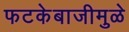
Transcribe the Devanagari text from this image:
फटकेबाजीमुळे